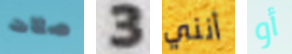
صلات 3 أنني أو